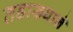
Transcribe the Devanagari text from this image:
तडाख्याने